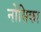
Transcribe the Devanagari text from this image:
नोसिका